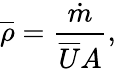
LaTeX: {\overline{{\rho}}}={\frac{\dot{m}}{{\overline{{U}}}A}},